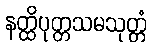
နတ္ထိပုတ္တသမသုတ္တံ